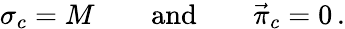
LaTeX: \sigma_{c}=M\qquad\mathrm{and}\qquad\vec{\pi}_{c}=0\, .